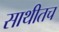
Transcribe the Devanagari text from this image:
साथीतच